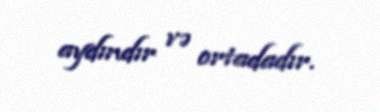
aydındır və ortadadır.